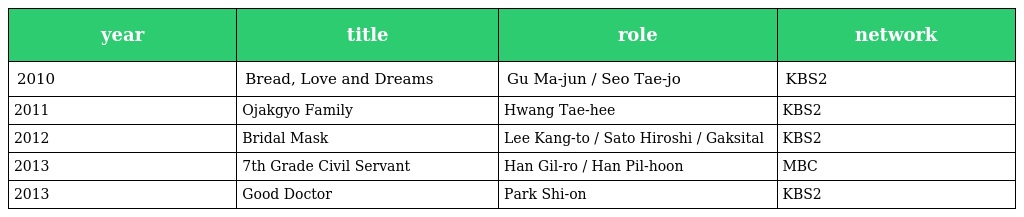
| year | title | role | network |
 | --- | --- | --- | --- |
 | 2010 | Bread, Love and Dreams | Gu Ma-jun / Seo Tae-jo | KBS2 |
 | 2011 | Ojakgyo Family | Hwang Tae-hee | KBS2 |
 | 2012 | Bridal Mask | Lee Kang-to / Sato Hiroshi / Gaksital | KBS2 |
 | 2013 | 7th Grade Civil Servant | Han Gil-ro / Han Pil-hoon | MBC |
 | 2013 | Good Doctor | Park Shi-on | KBS2 |